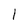
Character: l